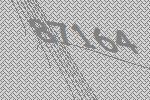
87164